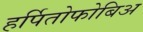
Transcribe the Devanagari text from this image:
हर्पितोफोबिअ